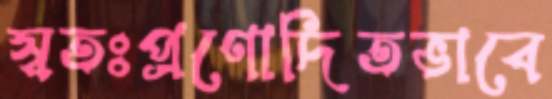
স্বতঃপ্রণোদিতভাবে